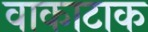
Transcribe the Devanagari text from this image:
वाकाटाक